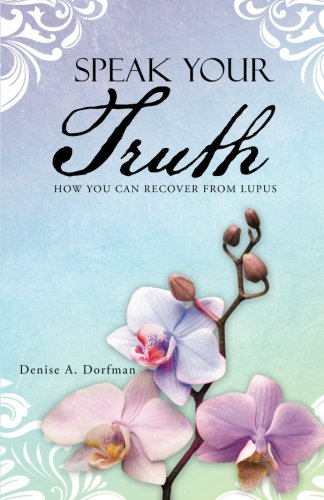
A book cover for Speak Your Truth: How You Can Recover from Lupus; Denise A. Dorfman; Health, Fitness & Dieting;